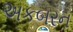
અકબરન